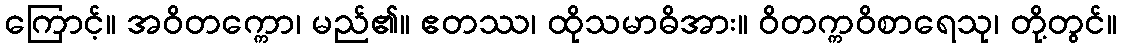
ကြောင့်။ အဝိတက္ကော၊ မည်၏။ ဧတဿ၊ ထိုသမာဓိအား။ ဝိတက္ကဝိစာရေသု၊ တို့တွင်။